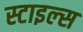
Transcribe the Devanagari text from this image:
स्‍टाइल्‍स